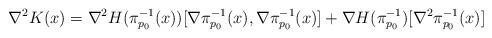
LaTeX: \begin{align*}\nabla^2K(x)=\nabla^2 H(\pi_{p_0}^{-1}(x))[\nabla \pi_{p_0}^{-1}(x),\nabla \pi_{p_0}^{-1}(x)]+\nabla H(\pi_{p_0}^{-1})[\nabla^2\pi_{p_0}^{-1}(x)]\end{align*}